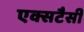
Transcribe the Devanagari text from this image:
एक्सटैसी